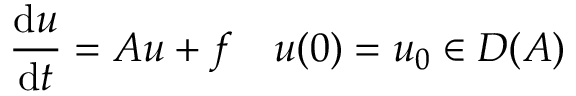
{ \frac { \mathrm { d } u } { \mathrm { d } t } } = A u + f \quad u ( 0 ) = u _ { 0 } \in D ( A )